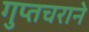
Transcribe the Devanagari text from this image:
गुप्तचराने